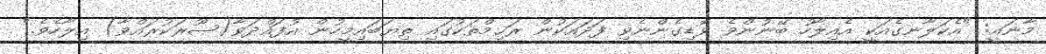
މާނައީ: "އެކަލާނގެއަކީ އެއިލާހު ބޭނުންވެ ވޮޑިގެންނެވި ފަދައަކުން ރަޙިމްތަކުގައި ތިޔަބައިމީހުން އުފައްދަވާ(ޞޫރަކުރައްވާ) އިލާހެވެ."